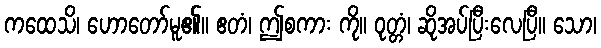
ကထေသိ၊ ဟောတော်မူ၏။ ဧတံ၊ ဤစကား ကို။ ဝုတ္တံ၊ ဆိုအပ်ပြီးလေပြီ။ သော၊